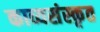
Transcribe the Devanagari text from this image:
काव्यसंस्कृत